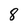
Character: 8